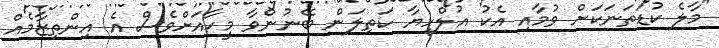
"މާލެ ކުޑަތަނަކަށް ވުމާއި އެކު އުލްހިޔާ ކަތިލަން ބޭނުންވާ މީހާއަށްވެސް އެ އިންތިޒާމެއް